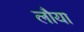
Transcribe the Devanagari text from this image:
लौया